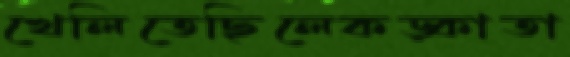
খেলিতেছিলেকড়্‌কাতা